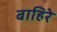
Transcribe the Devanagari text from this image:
बाहिरे